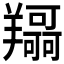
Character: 𦏤